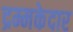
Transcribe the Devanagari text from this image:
द्रम्मकेदार